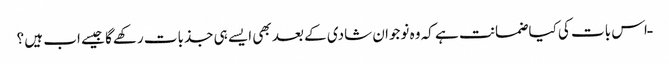
ـ اس بات کی کیا ضمانت ہے کہ وہ نوجوان شادی کے بعد بھی ایسے ہی جذبات رکھےگا جیسے اب ہیں ؟